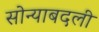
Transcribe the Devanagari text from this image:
सोन्याबदली